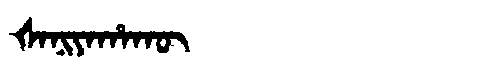
Manchu: ᡧᠠᠨᡳᠶᠠᡥᠠᡴᡡ
Romanization: ŠANIYAHAKŪ